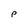
Character: P